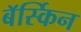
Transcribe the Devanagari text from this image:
बॅर्स्किन